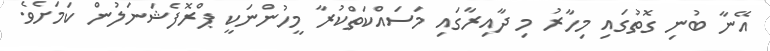
އޭނާ ބުނި ގޮތުގައި މިހާރު މި ދާއިރާގައި މަސައްކަތްކުރާ މީހުންނަކީ ޕްރޮފެޝަނަލުން ކަމަށެވެ.